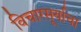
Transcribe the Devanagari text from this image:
विचारसूर्याचा